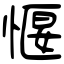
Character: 愝